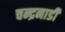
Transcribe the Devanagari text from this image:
चन्द्रनाडी